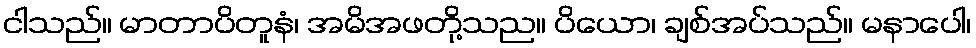
ငါသည်။ မာတာပိတူနံ၊ အမိအဖတို့သည။ ပိယော၊ ချစ်အပ်သည်။ မနာပေါ၊